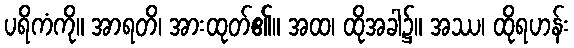
ပရိကံကို။ အာရတိ၊ အားထုတ်၏။ အထ၊ ထိုအခါ၌။ အဿ၊ ထိုရဟန်း